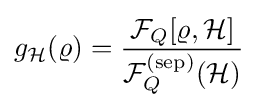
g_{\mathcal {H}}(\varrho )={\frac {{\mathcal {F}}_{Q}[\varrho ,{\mathcal {H}}]}{{\mathcal {F}}_{Q}^{({\rm {sep}})}({\mathcal {H}})}}